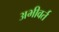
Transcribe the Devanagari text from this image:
अभीवर्त